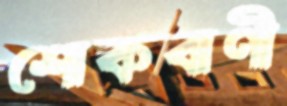
শোকবাণী